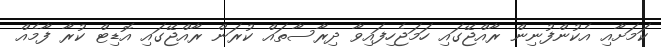
ކަމަށާއި އެކުންފުނިން ރާއްޖޭގައި ހަމަޖެހިފައިވާ ދިރާސާތައް ކުރަން ރާއްޖޭގައި އޮޑިޓް ކުރާ ފާމެއް